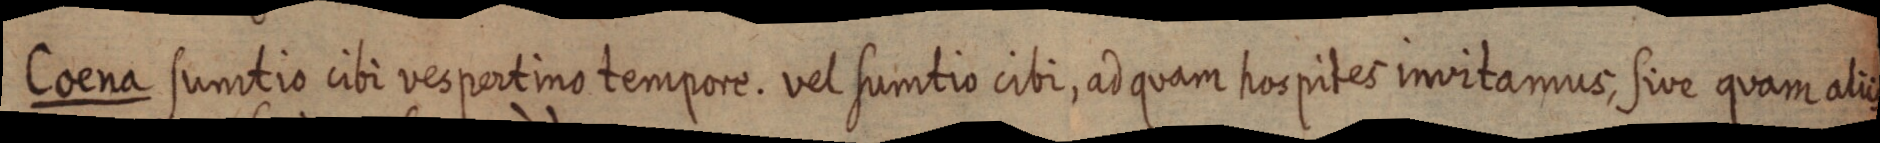
Coena sumtio cibi vespertino tempore. vel sumtio cibi, ad quam hospites invitamus, sive quam alii